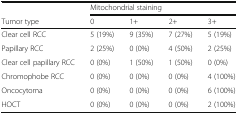
|  | <COLSPAN=4> Mitochondrial staining |
 | Tumor type | 0 | 1+ | 2+ | 3+ |
 | --- | --- | --- | --- | --- |
 | Clear cell RCC | 5 (19%) | 9 (35%) | 7 (27%) | 5 (19%) |
 | Papillary RCC | 2 (25%) | 0 (0%) | 4 (50%) | 2 (25%) |
 | Clear cell papillary RCC | 0 (0%) | 1 (50%) | 1 (50%) | 0 (0%) |
 | Chromophobe RCC | 0 (0%) | 0 (0%) | 0 (0%) | 4 (100%) |
 | Oncocytoma | 0 (0%) | 0 (0%) | 0 (0%) | 6 (100%) |
 | HOCT | 0 (0%) | 0 (0%) | 0 (0%) | 2 (100%) |